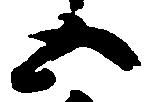
五